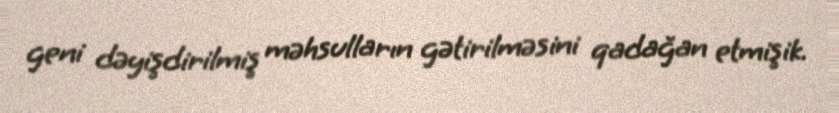
geni dəyişdirilmiş məhsulların gətirilməsini qadağan etmişik.